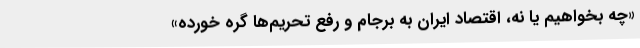
«چه بخواهیم یا نه، اقتصاد ایران به برجام و رفع تحریم‌ها گره خورده»